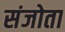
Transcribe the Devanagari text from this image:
संजोता